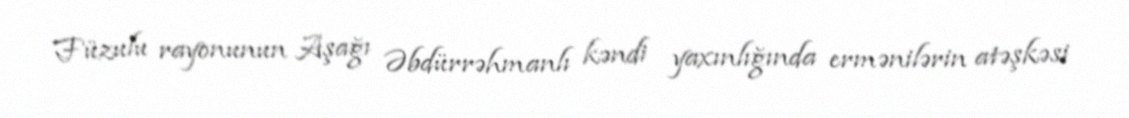
Füzulu rayonunun Aşağı Əbdürrəhmanlı kəndi yaxınlığında ermənilərin atəşkəsi